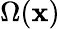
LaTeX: \Omega(\mathbf{x})